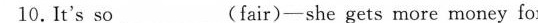
10.It's so ___ (fair)-she gets more money for